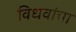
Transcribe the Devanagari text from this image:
विधवांचा